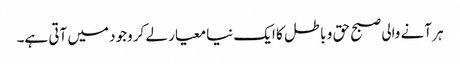
ہر آنے والی صبح حق و باطل کا ایک نیا معیار لے کر وجود میں آتی ہے۔